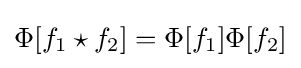
\Phi [f_{1}\star f_{2}]=\Phi [f_{1}]\Phi [f_{2}]